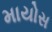
માયોસ